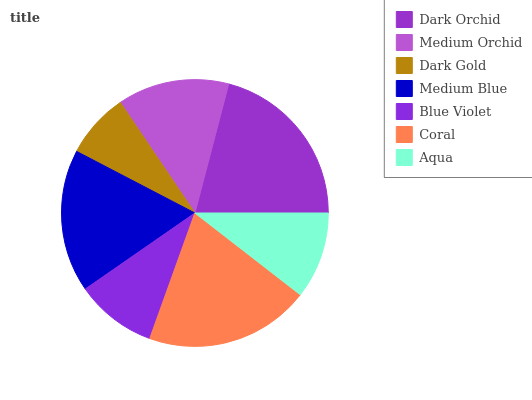
| Dark Orchid | Medium Orchid | Dark Gold | Medium Blue | Blue Violet | Coral | Aqua |
 | --- | --- | --- | --- | --- | --- | --- |
 | 21% | 13.5% | 7.9% | 17.3% | 9.83% | 20% | 10.5% |